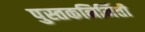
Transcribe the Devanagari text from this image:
पुस्तकनिर्मिती